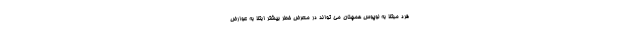
فرد مبتلا به لوپوس همچنان می تواند در معرض خطر بیشتر ابتلا به عوارض